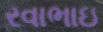
રવાભાઇ